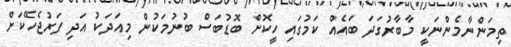
ތިމަންނާމެންނަކީ މާބާރުގަދަ ބައެއް ކަމުގައި ހީކޮށް ބޮޑުބަސް ބުނުމަކުން މިއަދަކު އަދި ފަރުޖެހޭކަށް